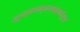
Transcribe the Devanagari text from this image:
क्ष्द्म्ल्ब्म्ब्च्म्ब्ल्म्ल्स्र्ल्क्ष्ल्द्फ्